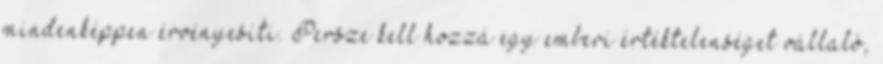
mindenképpen érvényesíti. Persze kell hozzá egy emberi értéktelenséget vállaló,